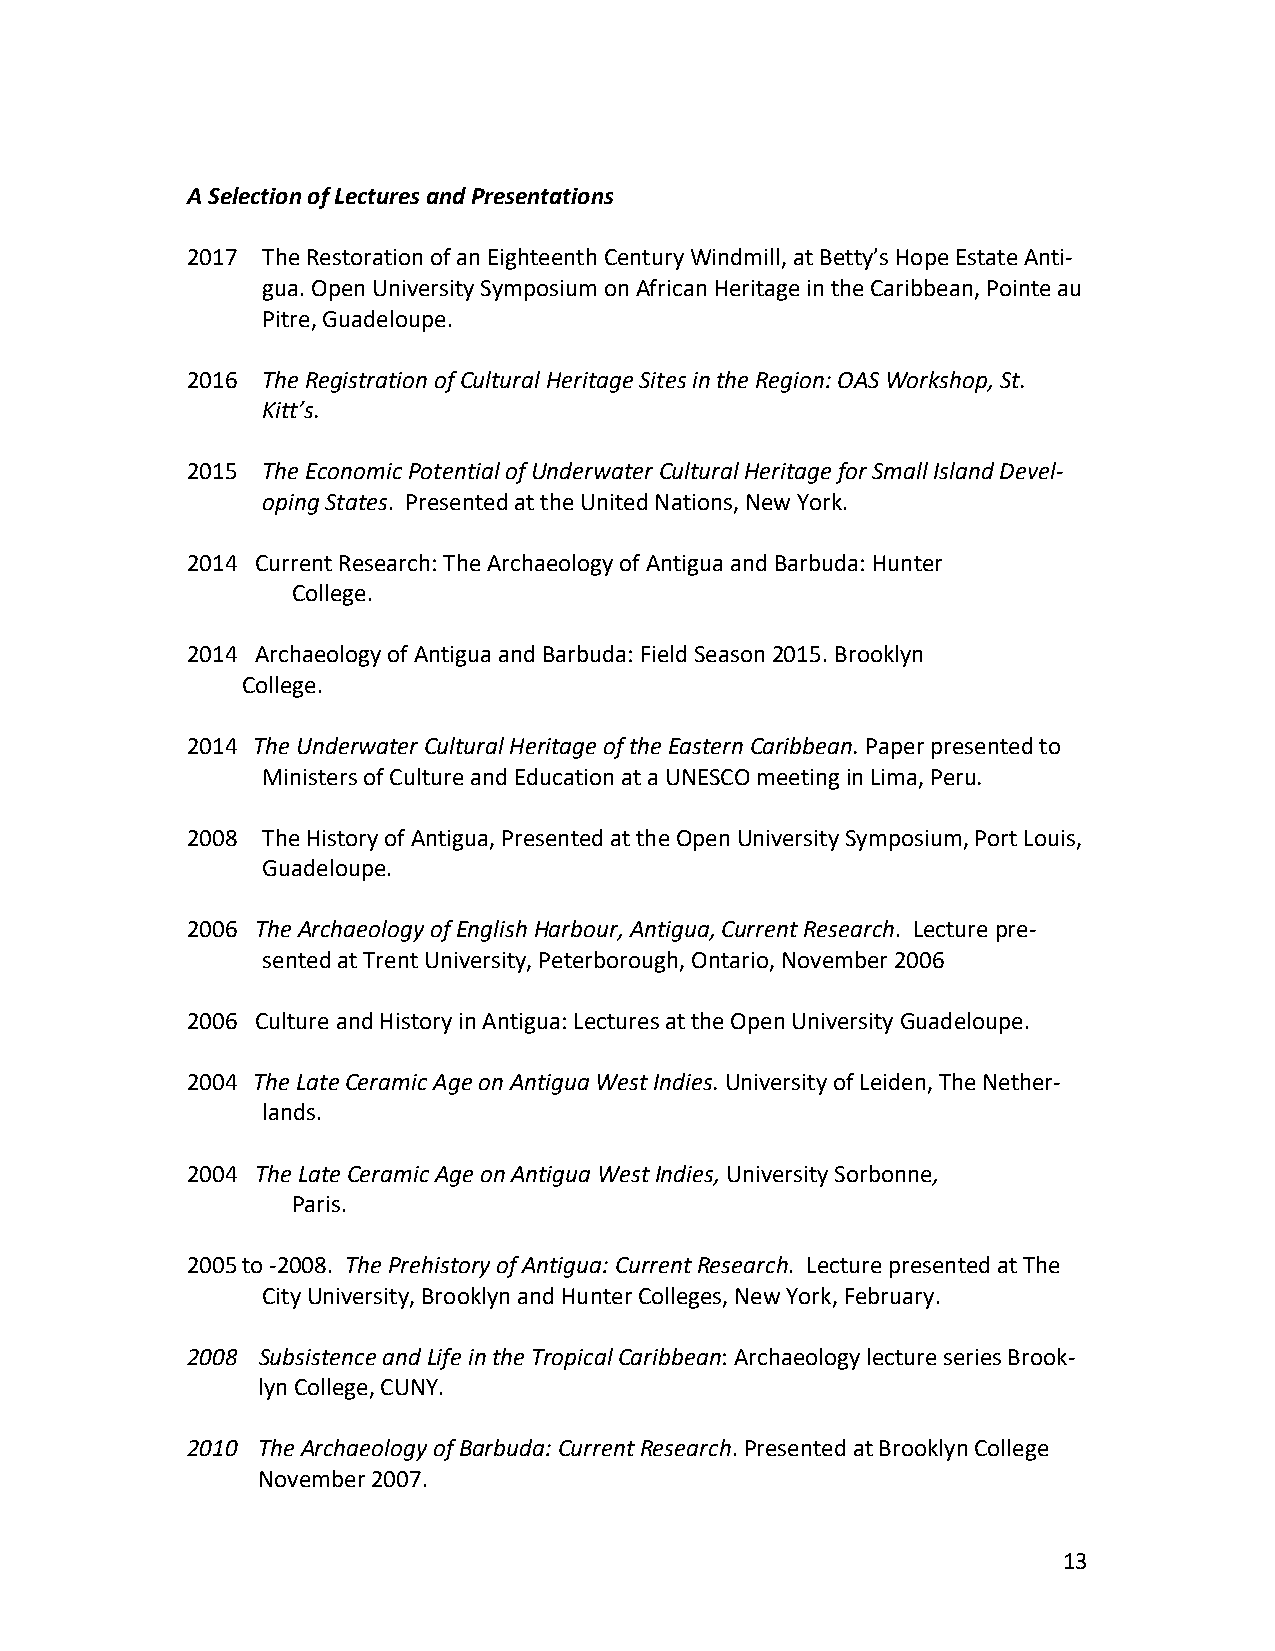
A Selection of Lectures and Presentations
 2017 The Restoration of an Eighteenth Century Windmill, at Betty’s Hope Estate Anti-
 gua. Open University Symposium on African Heritage in the Caribbean, Pointe au
 Pitre, Guadeloupe.
 2016 The Registration of Cultural Heritage Sites in the Region: OAS Workshop, St.
 Kitt’s.
 2015 The Economic Potential of Underwater Cultural Heritage for Small Island Devel-
 oping States. Presented at the United Nations, New York.
 2014 Current Research: The Archaeology of Antigua and Barbuda: Hunter
 College.
 2014 Archaeology of Antigua and Barbuda: Field Season 2015. Brooklyn
 College.
 2014 The Underwater Cultural Heritage of the Eastern Caribbean. Paper presented to
 Ministers of Culture and Education at a UNESCO meeting in Lima, Peru.
 2008 The History of Antigua, Presented at the Open University Symposium, Port Louis,
 Guadeloupe.
 2006 The Archaeology of English Harbour, Antigua, Current Research. Lecture pre-
 sented at Trent University, Peterborough, Ontario, November 2006
 2006 Culture and History in Antigua: Lectures at the Open University Guadeloupe.
 2004 The Late Ceramic Age on Antigua West Indies. University of Leiden, The Nether-
 lands.
 2004 The Late Ceramic Age on Antigua West Indies, University Sorbonne,
 Paris.
 2005 to -2008. The Prehistory of Antigua: Current Research. Lecture presented at The
 City University, Brooklyn and Hunter Colleges, New York, February.
 2008 Subsistence and Life in the Tropical Caribbean: Archaeology lecture series Brook-
 lyn College, CUNY.
 2010 The Archaeology of Barbuda: Current Research. Presented at Brooklyn College
 November 2007.
 13